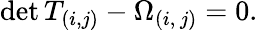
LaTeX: \mathrm{det}\, T_{(i,j)}-\Omega_{(i,\, j)}=0.